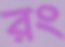
রং